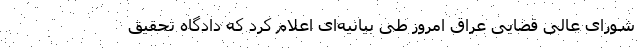
شورای عالی قضایی عراق امروز طی بیانیه‌ای اعلام کرد که دادگاه تحقیق